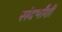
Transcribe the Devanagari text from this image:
संदर्भांंशी